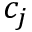
c _ { j }